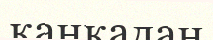
қанқадан